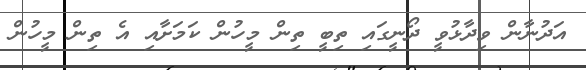
އަދުނާން ވިދާޅުވީ ދޯނީގައި ތިބީ ތިން މީހުން ކަމަށާއި އެ ތިން މީހުން